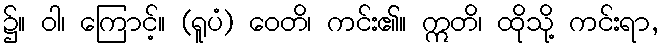
၌။ ဝါ၊ ကြောင့်။ (ရူပံ) ဝေတိ၊ ကင်း၏။ ဣတိ၊ ထိုသို့ ကင်းရာ,